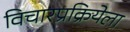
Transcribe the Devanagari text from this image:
विचारप्रक्रियेला